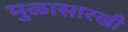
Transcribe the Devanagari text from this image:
मुळासारखी